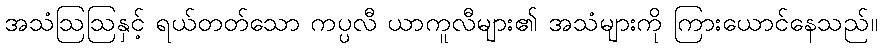
အသံဩဩနှင့် ရယ်တတ်သော ကပ္ပလီ ယာကူလီများ၏ အသံများကို ကြားယောင်နေသည်။